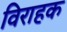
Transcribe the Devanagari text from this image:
विराहक